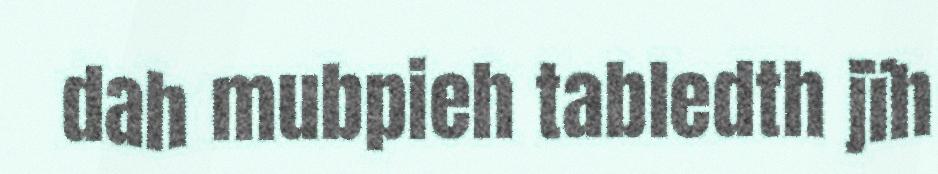
dah mubpieh tabledth jïh